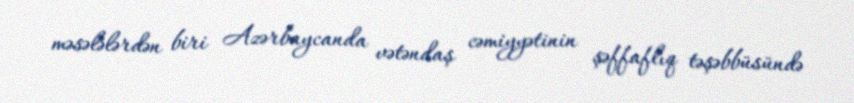
məsələlərdən biri Azərbaycanda vətəndaş cəmiyyətinin şəffaflıq təşəbbüsündə